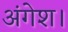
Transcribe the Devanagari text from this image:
अंगेश।